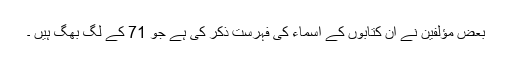
بعض مؤلفین نے ان کتابوں کے اسماء کی فہرست ذکر کی ہے جو 71 کے لگ بھگ ہیں ۔